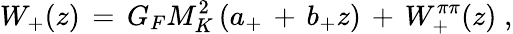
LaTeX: W_{+}(z)\, =\, G_{F}M_{K}^{2}\, (a_{+}\, +\, b_{+}z)\, +\, W_{+}^{\pi\pi}(z)\; ,